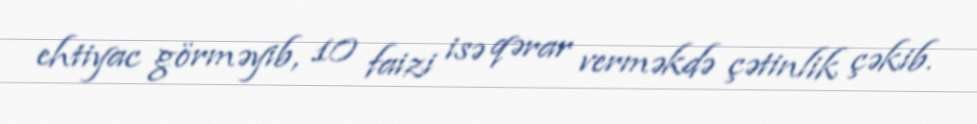
ehtiyac görməyib, 10 faizi isə qərar verməkdə çətinlik çəkib.